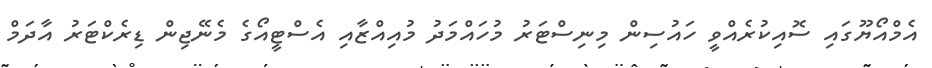
އެމްއޯޔޫގައި ސޮއިކުރެއްވީ ހައުސިން މިނިސްޓަރު މުހައްމަދު މުއިއްޒާއި އެސްޓީއޯގެ މެނޭޖިން ޑިރެކްޓަރު އާދަމް